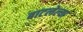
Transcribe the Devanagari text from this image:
बाटलेल्या